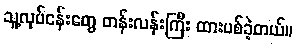
သူ့လုပ်ငန်းတွေ တန်းလန်းကြီး ထားပစ်ခဲ့တယ်။